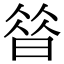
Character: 㫺